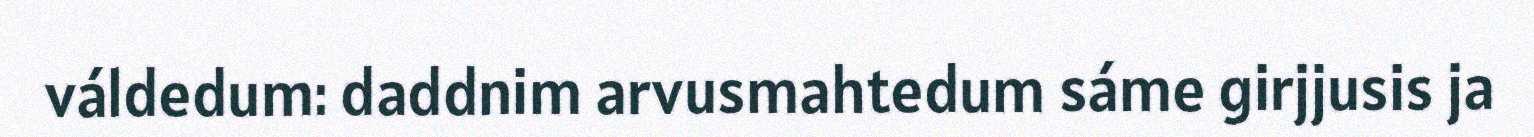
váldedum: daddnim arvusmahtedum sáme girjjusis ja